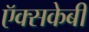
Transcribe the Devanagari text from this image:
ऍक्सकेबी